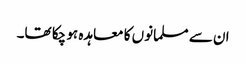
ان سے مسلمانوں کا معاہدہ ہو چکا تھا۔